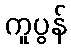
ကူပွန်